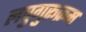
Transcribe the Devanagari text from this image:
लघुगुरूक्रम